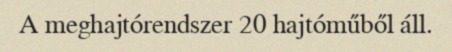
A meghajtórendszer 20 hajtóműből áll.